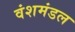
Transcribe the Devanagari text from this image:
वंशमंडल